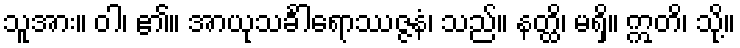
သူအား။ ဝါ၊ ၏။ အာယုသင်္ခါရောဿဇ္ဇနံ၊ သည်။ နတ္ထိ၊ မရှိ။ ဣတိ၊ သို့။